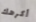
أكرهك